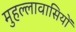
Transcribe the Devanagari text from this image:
मुहल्लावासियों